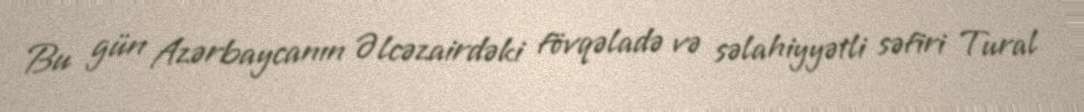
Bu gün Azərbaycanın Əlcəzairdəki fövqəladə və səlahiyyətli səfiri Tural